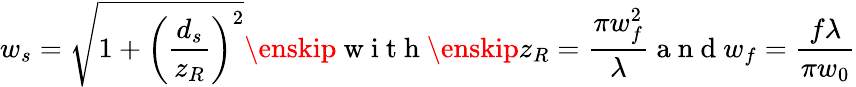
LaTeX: w_{s}=\sqrt{1+\left(\frac{d_{s}}{z_{R}}\right)^{2}}\enskip\mathrm{~w~i~t~h~}\enskip z_{R}=\frac{\pi w_{f}^{2}}{\lambda}\mathrm{~a~n~d~}w_{f}=\frac{f\lambda}{\pi w_{0}}